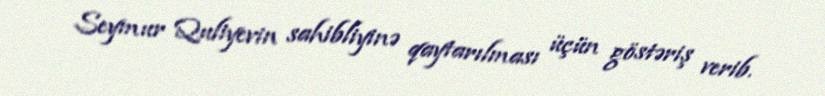
Seymur Quliyevin sahibliyinə qaytarılması üçün göstəriş verib.